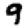
Digit: 9